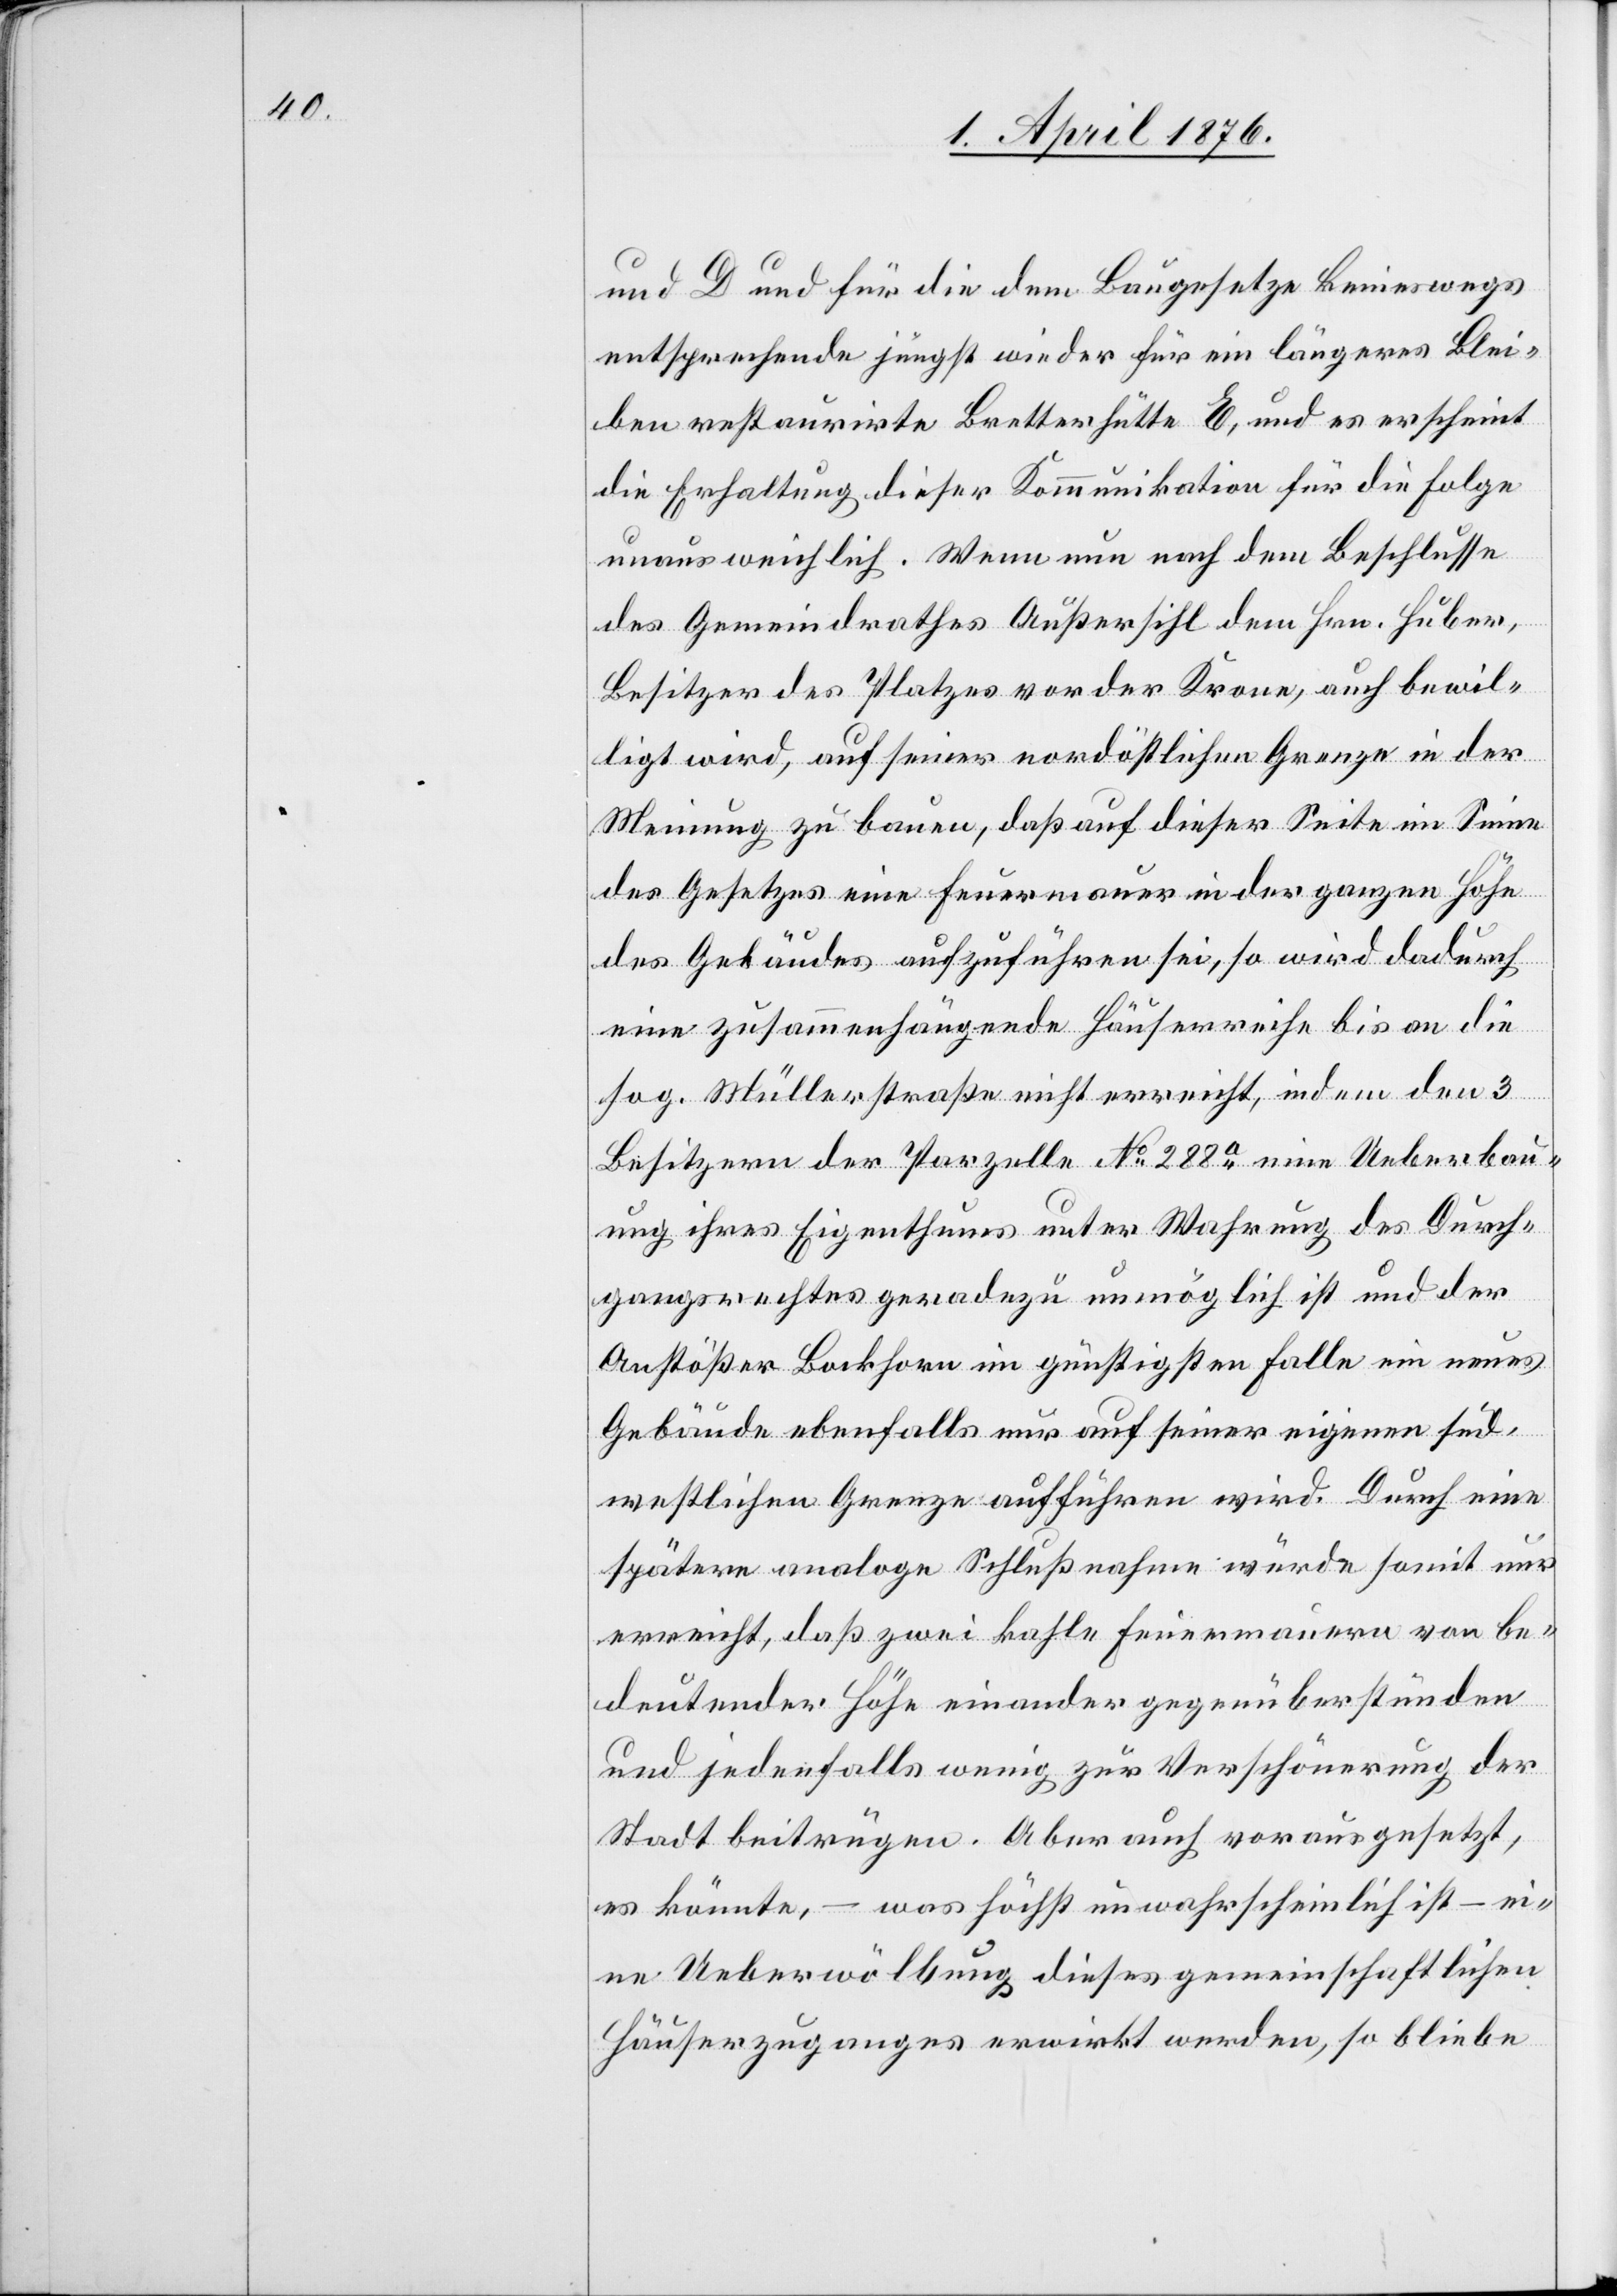
und D und für die dem Baugesetze keineswegs
entsprechende jüngst wieder für ein längeres Blei¬
ben restaurirte Bretterhütte E, und es erscheint
die Erhaltung dieser Kommunikation für die Folge
unausweichlich. Wenn nun nach dem Beschlusse
des Gemeindrathes Außersihl dem Hrn. Huber,
Besitzer des Platzes vor der Krone, auch bewil¬
ligt wird, auf seiner nordöstlichen Grenze in der
Meinung zu bauen, daß auf dieser Seite im Sinne
des Gesetzes eine Feuermauer in der ganzen Höhe
des Gebäudes aufzuführen sei, so wird dadurch
eine zusammenhängende Häuserreihe bis an die
sog. Müllerstraße nicht erreicht, indem den 3
Besitzern der Parzelle No 288a eine Ueberbau¬
ung ihres Eigenthums unter Wahrung des Durch¬
gangsrechtes geradezu unmöglich ist und der
Anstößer Bockhorn im günstigsten Falle ein neues
Gebäude ebenfalls nur auf seiner eigenen süd¬
westlichen Grenze aufführen wird. Durch eine
spätere analoge Schlußnahme würde somit nur
erreicht, daß zwei kahle Feuermauern von be¬
deutender Höhe einander gegenüberstünden
und jedenfalls wenig zur Verschönerung der
Stadt beitrügen. Aber auch vorausgesetzt,
es könnte, – was höchst unwahrscheinlich ist – ei¬
ne Ueberwölbung dieses gemeinschaftlichen
Häuserzuganges erwirkt werden, so bliebe